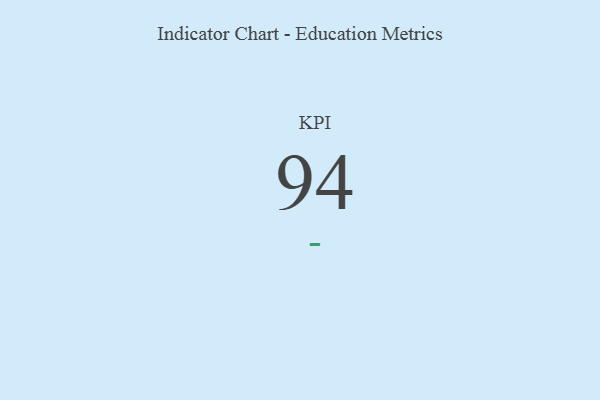
{"axis": {"x": "KPI", "y": "Value"}, "legend": [""], "data": [{"x": "KPI", "y": 94, "type": ""}]}